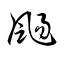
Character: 颺